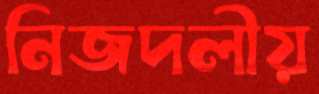
নিজদলীয়